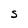
Character: S